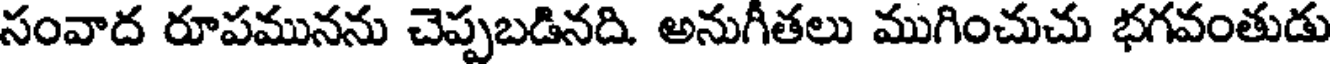
సంవాద రూపమునను చెప్పబడినది అనుగీతలు ముగించుచు భగవంతుడు